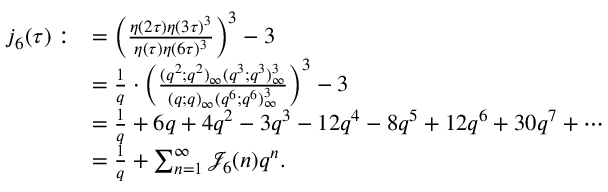
\begin{array} { r l } { j _ { 6 } ( \tau ) : } & { = \left( \frac { \eta ( 2 \tau ) \eta ( 3 \tau ) ^ { 3 } } { \eta ( \tau ) \eta ( 6 \tau ) ^ { 3 } } \right) ^ { 3 } - 3 } \\ & { = \frac { 1 } { q } \cdot \left( \frac { ( q ^ { 2 } ; q ^ { 2 } ) _ { \infty } ( q ^ { 3 } ; q ^ { 3 } ) _ { \infty } ^ { 3 } } { ( q ; q ) _ { \infty } ( q ^ { 6 } ; q ^ { 6 } ) _ { \infty } ^ { 3 } } \right) ^ { 3 } - 3 } \\ & { = \frac { 1 } { q } + 6 q + 4 q ^ { 2 } - 3 q ^ { 3 } - 1 2 q ^ { 4 } - 8 q ^ { 5 } + 1 2 q ^ { 6 } + 3 0 q ^ { 7 } + \cdots } \\ & { = \frac { 1 } { q } + \sum _ { n = 1 } ^ { \infty } \mathcal { J } _ { 6 } ( n ) q ^ { n } . } \end{array}